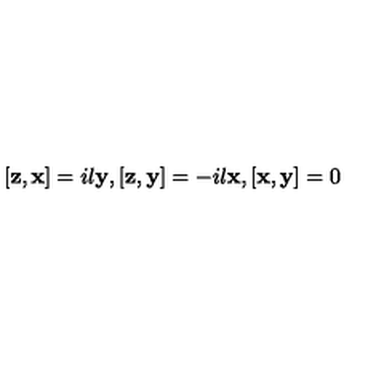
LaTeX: [ { \bf z } , { \bf x } ] = i l { \bf y } , [ { \bf z } , { \bf y } ] = - i l { \bf x } , [ { \bf x } , { \bf y } ] = 0